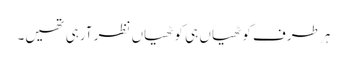
ہر طرف کوٹھیاں ہی کوٹھیاں نظر آرہی تھیں۔